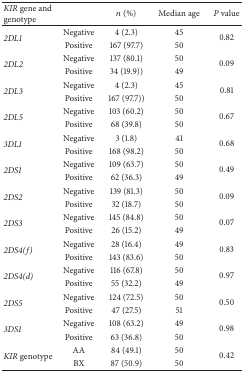
<table><thead><tr><td><b><i>KIR</i> gene and genotype</b></td><td><b> </b></td><td><b><i>n</i> (%)</b></td><td><b>Median age </b></td><td><b><i>P</i> value </b></td></tr></thead><tbody><tr><td rowspan="2"><i>2DL1 </i></td><td>Negative </td><td>4 (2.3)</td><td>45</td><td rowspan="2">0.82</td></tr><tr><td>Positive </td><td>167 (97.7)</td><td>50</td></tr><tr><td rowspan="2"><i>2DL2 </i></td><td>Negative </td><td>137 (80.1)</td><td>50</td><td rowspan="2">0.09</td></tr><tr><td>Positive </td><td>34 (19.9))</td><td>49</td></tr><tr><td rowspan="2"><i>2DL3 </i></td><td>Negative </td><td>4 (2.3)</td><td>45</td><td rowspan="2">0.81</td></tr><tr><td>Positive </td><td>167 (97.7))</td><td>50</td></tr><tr><td rowspan="2"><i>2DL5 </i></td><td>Negative </td><td>103 (60.2)</td><td>50</td><td rowspan="2">0.67</td></tr><tr><td>Positive </td><td>68 (39.8)</td><td>50</td></tr><tr><td rowspan="2"><i>3DL1 </i></td><td>Negative </td><td>3 (1.8)</td><td>41</td><td rowspan="2">0.68</td></tr><tr><td>Positive </td><td>168 (98.2)</td><td>50</td></tr><tr><td rowspan="2"><i>2DS1 </i></td><td>Negative </td><td>109 (63.7)</td><td>50</td><td rowspan="2">0.49</td></tr><tr><td>Positive </td><td>62 (36.3)</td><td>49</td></tr><tr><td rowspan="2"><i>2DS2 </i></td><td>Negative </td><td>139 (81.3)</td><td>50</td><td rowspan="2">0.09</td></tr><tr><td>Positive </td><td>32 (18.7)</td><td>50</td></tr><tr><td rowspan="2"><i>2DS3 </i></td><td>Negative </td><td>145 (84.8)</td><td>50</td><td rowspan="2">0.07</td></tr><tr><td>Positive </td><td>26 (15.2)</td><td>49</td></tr><tr><td rowspan="2"><i>2DS4(f) </i></td><td>Negative </td><td>28 (16.4)</td><td>49</td><td rowspan="2">0.83</td></tr><tr><td>Positive </td><td>143 (83.6)</td><td>50</td></tr><tr><td rowspan="2"><i>2DS4(d) </i></td><td>Negative </td><td>116 (67.8)</td><td>50</td><td rowspan="2">0.97</td></tr><tr><td>Positive </td><td>55 (32.2)</td><td>49</td></tr><tr><td rowspan="2"><i>2DS5 </i></td><td>Negative </td><td>124 (72.5)</td><td>50</td><td rowspan="2">0.50</td></tr><tr><td>Positive </td><td>47 (27.5)</td><td>51</td></tr><tr><td rowspan="2"><i>3DS1 </i></td><td>Negative </td><td>108 (63.2)</td><td>49</td><td rowspan="2">0.98</td></tr><tr><td>Positive </td><td>63 (36.8)</td><td>50</td></tr><tr><td rowspan="2"><i>KIR</i> genotype</td><td>AA</td><td>84 (49.1)</td><td>50</td><td rowspan="2">0.42</td></tr><tr><td>BX</td><td>87 (50.9)</td><td>50</td></tr></tbody></table>